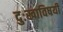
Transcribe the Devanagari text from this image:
दुःखाविषयी